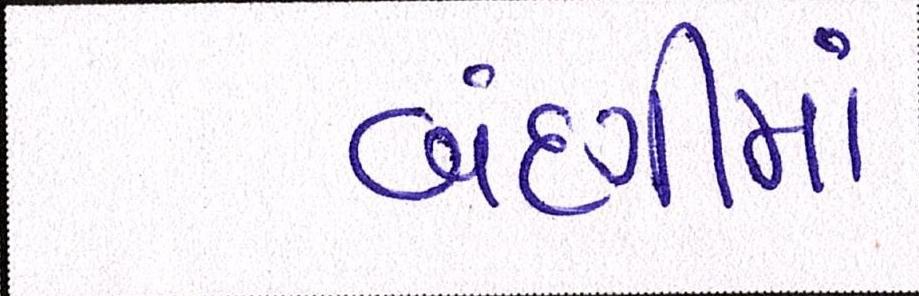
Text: બંદગીમાં